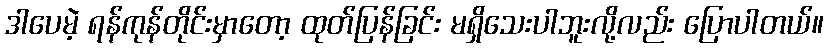
ဒါပေမဲ့ ရန်ကုန်တိုင်းမှာတော့ ထုတ်ပြန်ခြင်း မရှိသေးပါဘူးလို့လည်း ပြောပါတယ်။